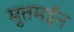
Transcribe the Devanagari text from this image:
मुतमईन